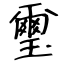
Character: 璽